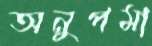
অনুপমা